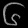
Digit: ၆